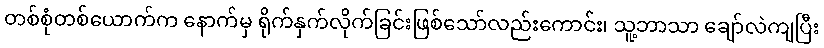
တစ်စုံတစ်ယောက်က နောက်မှ ရိုက်နှက်လိုက်ခြင်းဖြစ်သော်လည်းကောင်း၊ သူ့ဘာသာ ချော်လဲကျပြီး